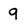
Character: 9